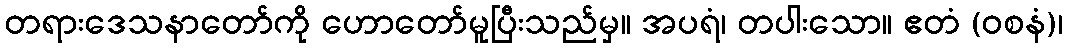
တရားဒေသနာတော်ကို ဟောတော်မူပြီးသည်မှ။ အပရံ၊ တပါးသော။ ဧတံ (ဝစနံ)၊